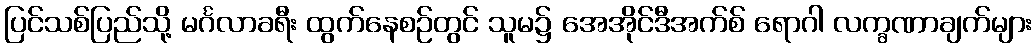
ပြင်သစ်ပြည်သို့ မင်္ဂလာခရီး ထွက်နေစဉ်တွင် သူမ၌ အေအိုင်ဒီအက်စ် ရောဂါ လက္ခဏာချက်များ